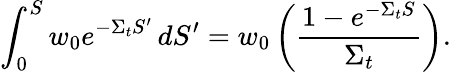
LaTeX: \int_{0}^{S}w_{0}e^{-\Sigma_{t}S^{\prime}}\, dS^{\prime}=w_{0}\left(\frac{1-e^{-\Sigma_{t}S}}{\Sigma_{t}}\right).